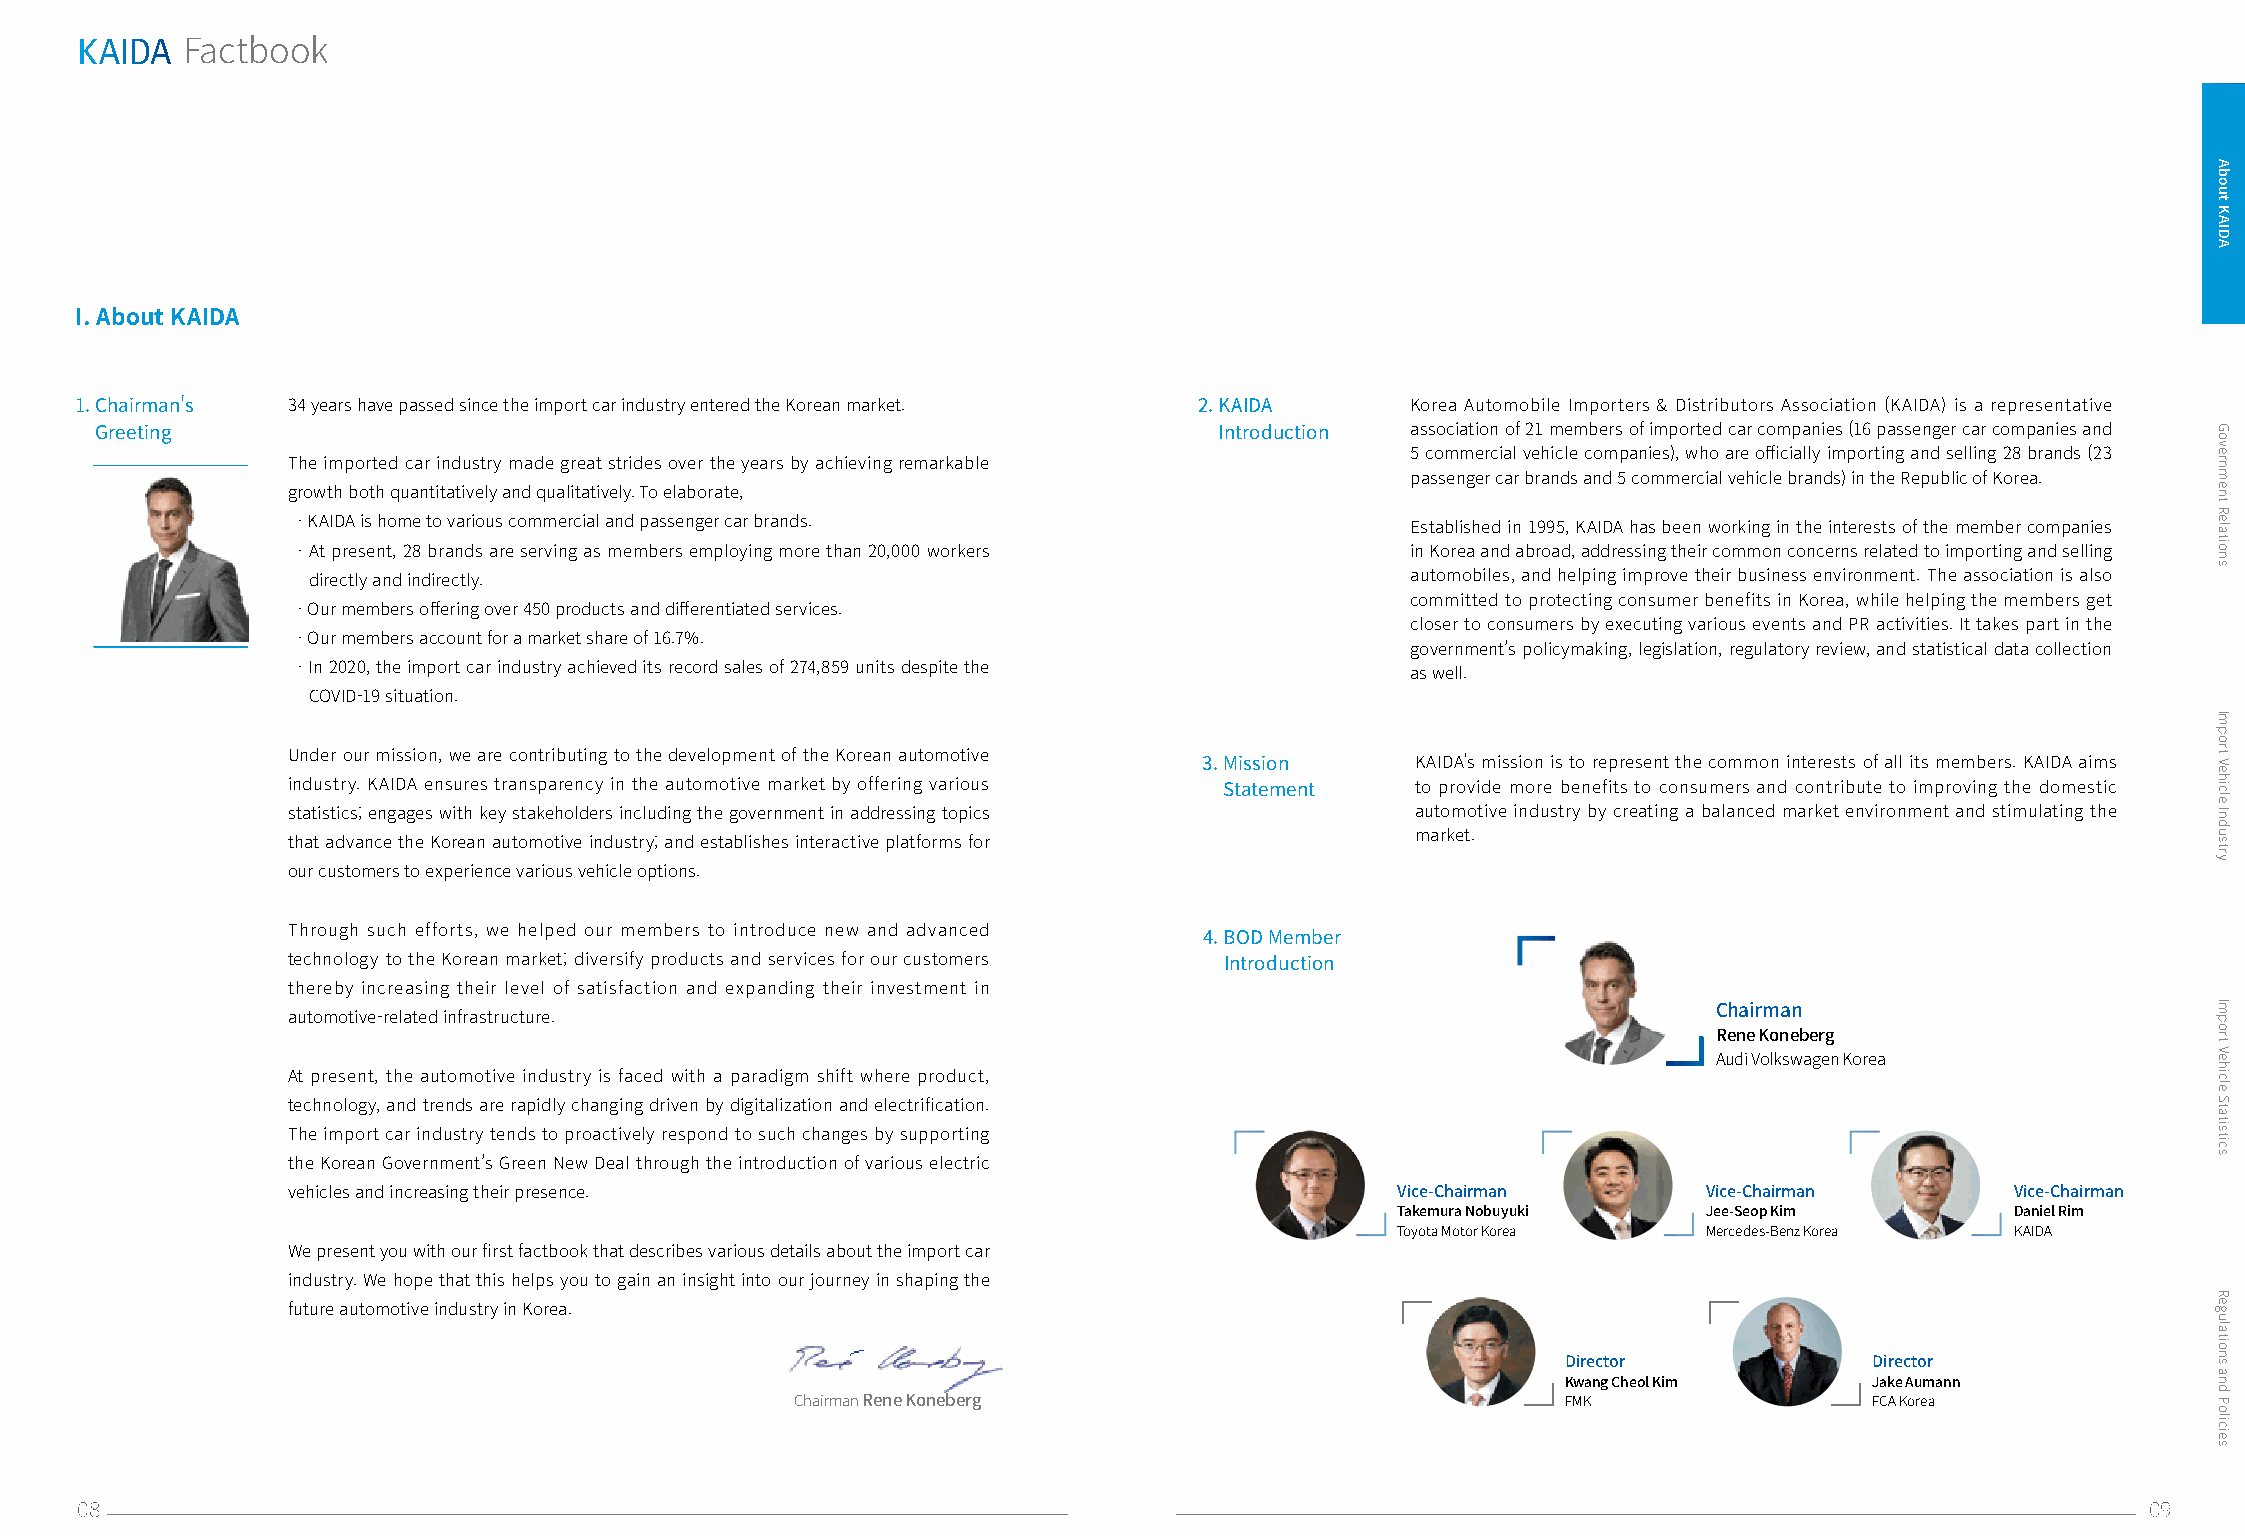
KAIDA
 Factbook
 I. About KAIDA
 1. Chairman's 34 years have passed since the import car industry entered the Korean market. 2. KAIDA Korea Automobile Importers & Distributors Association (KAIDA) is a representative
 Greeting                                                                   Introduction association of 21 members of imported car companies (16 passenger car companies and
 5 commercial vehicle companies), who are officially importing and selling 28 brands (23
 The imported car industry made great strides over the years by achieving remarkable
 passenger car brands and 5 commercial vehicle brands) in the Republic of Korea.
 growth both quantitatively and qualitatively. To elaborate,
 · KAIDA is home to various commercial and passenger car brands.          Established in 1995, KAIDA has been working in the interests of the member companies
 · At present, 28 brands are serving as members employing more than 20,000 workers in Korea and abroad, addressing their common concerns related to importing and selling
 directly and indirectly.                                                 automobiles, and helping improve their business environment. The association is also
 committed to protecting consumer benefits in Korea, while helping the members get
 · Our members offering over 450 products and differentiated services.
 closer to consumers by executing various events and PR activities. It takes part in the
 · Our members account for a market share of 16.7%.
 government’s policymaking, legislation, regulatory review, and statistical data collection
 · In 2020, the import car industry achieved its record sales of 274,859 units despite the as well.
 COVID-19 situation.
 Under our mission, we are contributing to the development of the Korean automotive
 3. Mission    KAIDA's mission is to represent the common interests of all its members. KAIDA aims
 industry. KAIDA ensures transparency in the automotive market by offering various Statement to provide more benefits to consumers and contribute to improving the domestic
 statistics; engages with key stakeholders including the government in addressing topics automotive industry by creating a balanced market environment and stimulating the
 market.
 that advance the Korean automotive industry; and establishes interactive platforms for
 our customers to experience various vehicle options.
 Through such efforts, we helped our members to introduce new and advanced
 4. BOD Member
 technology to the Korean market; diversify products and services for our customers Introduction
 thereby increasing their level of satisfaction and expanding their investment in
 Chairman
 automotive-related infrastructure.
 Rene Koneberg
 Audi Volkswagen Korea
 At present, the automotive industry is faced with a paradigm shift where product,
 technology, and trends are rapidly changing driven by digitalization and electrification.
 The import car industry tends to proactively respond to such changes by supporting
 the Korean Government’s Green New Deal through the introduction of various electric
 vehicles and increasing their presence.                                  Vice-Chairman        Vice-Chairman       Vice-Chairman
 Takemura Nobuyuki    Jee-Seop Kim        Daniel Rim
 Toyota Motor Korea   Mercedes-Benz Korea KAIDA
 We present you with our first factbook that describes various details about the import car
 industry. We hope that this helps you to gain an insight into our journey in shaping the
 future automotive industry in Korea.
 Director            Director
 Kwang Cheol Kim     Jake Aumann
 Chairman Rene Koneberg                             FMK                 FCA Korea
 08                                                                                                                                       09
 About
 KAIDA
 Government
 Relations
 Import
 Vehicle
 Industry
 Import
 Vehicle
 Statistics
 Regulations
 and
 Policies